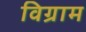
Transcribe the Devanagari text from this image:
विग्राम